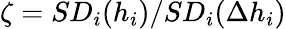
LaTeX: \zeta=SD_{i}(h_{i})/SD_{i}(\Delta h_{i})